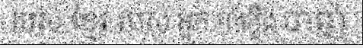
របស់ ខ្មែរ របស់ អ្នក កាំភ្លើង បាញ់